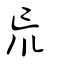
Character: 巟